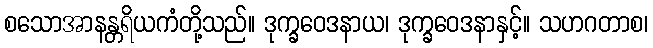
စသောအာနန္တရိယကံတို့သည်။ ဒုက္ခဝေဒနာယ၊ ဒုက္ခဝေဒနာနှင့်။ သဟဂတာစ၊